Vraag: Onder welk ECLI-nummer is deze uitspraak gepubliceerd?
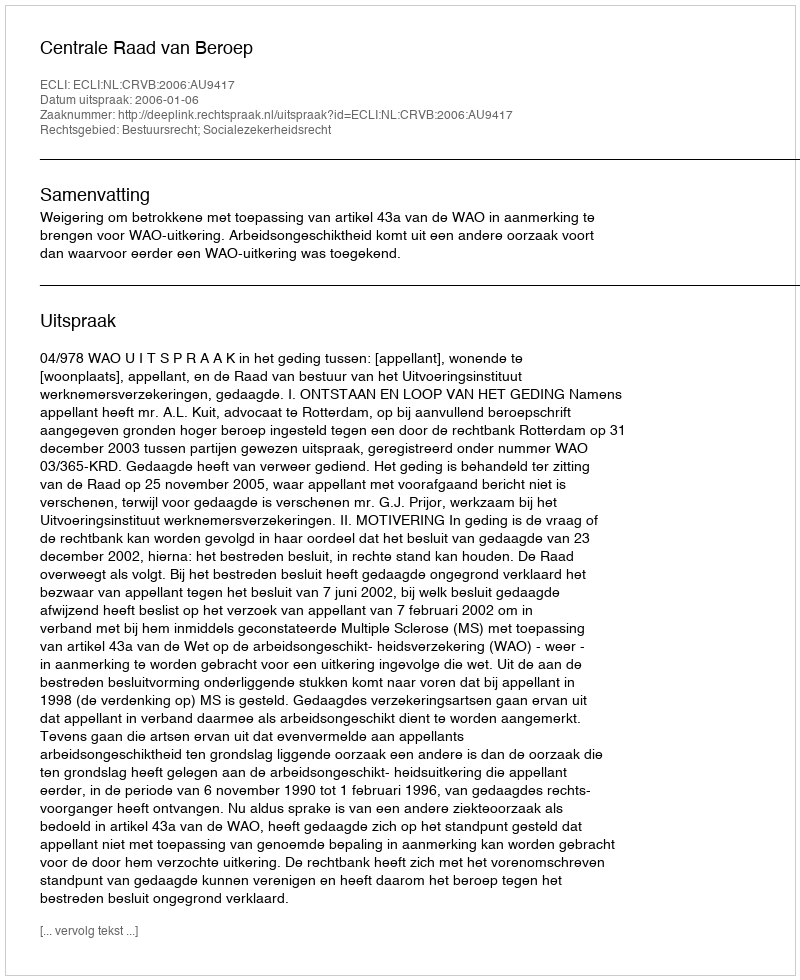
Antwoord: ECLI:NL:CRVB:2006:AU9417